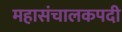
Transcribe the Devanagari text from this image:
महासंचालकपदी